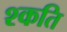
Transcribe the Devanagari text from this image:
श्कति